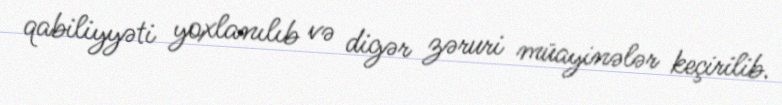
qabiliyyəti yoxlanılıb və digər zəruri müayinələr keçirilib.